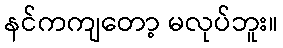
နင်ကကျတော့ မလုပ်ဘူး။